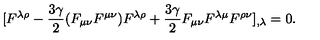
[ F ^ { \lambda \rho } - \frac { 3 \gamma } { 2 } ( F _ { \mu \nu } F ^ { \mu \nu } ) F ^ { \lambda \rho } + \frac { 3 \gamma } { 2 } F _ { \mu \nu } F ^ { \lambda \mu } F ^ { \rho \nu } ] _ { , \lambda } = 0 .